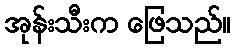
အုန်းသီးက ဖြေသည်။